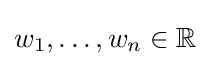
w_{1},\ldots ,w_{n}\in \mathbb {R}